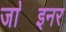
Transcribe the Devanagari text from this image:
जा॓इनर